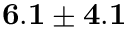
{ \bf 6 . 1 \pm 4 . 1 }